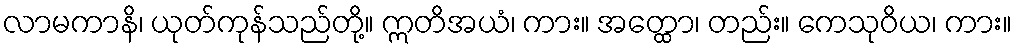
လာမကာနိ၊ ယုတ်ကုန်သည်တို့။ ဣတိအယံ၊ ကား။ အတ္ထော၊ တည်း။ ကေသုဝိယ၊ ကား။